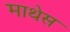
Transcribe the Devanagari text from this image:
माथेस